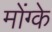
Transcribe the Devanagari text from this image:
मोंग्के